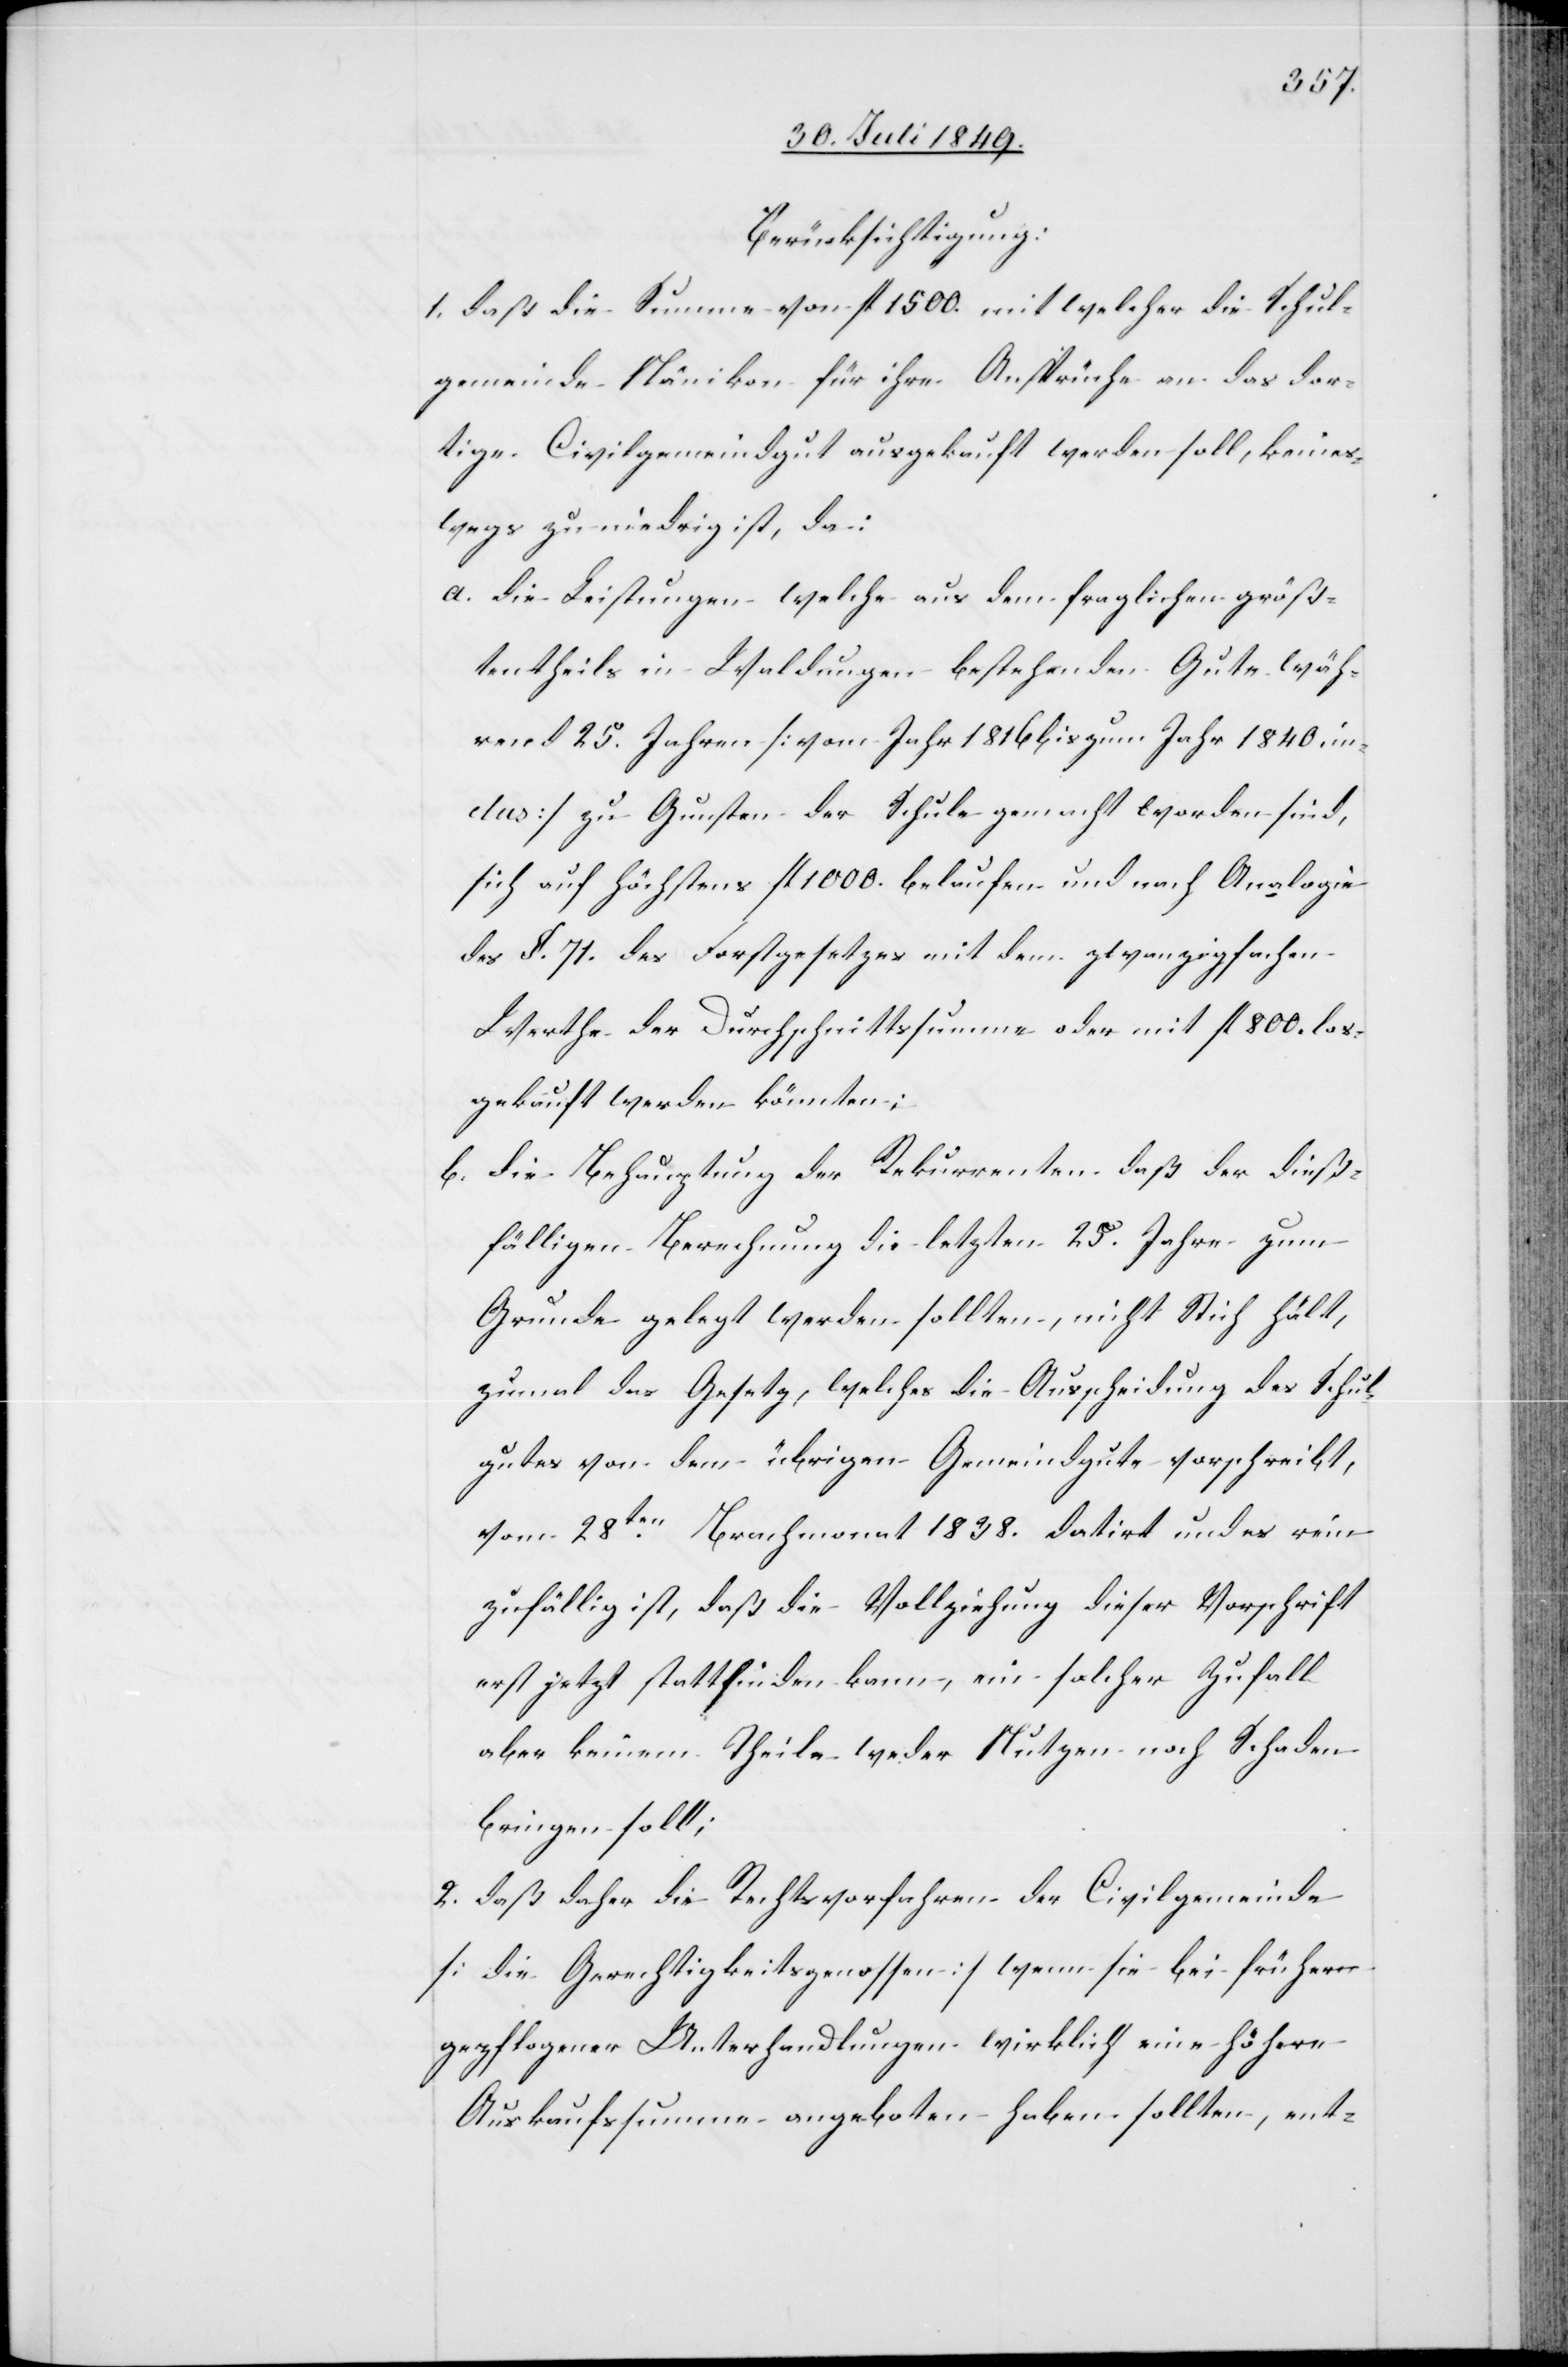
Berücksichtigung:
1. daß die Summe von fl. 1 500. mit welcher die Schul¬
gemeinde Nänikon für ihre Ansprüche an das dor¬
tige Civilgemeindgut ausgekauft werden soll, keines¬
wegs zu niedrig ist, da;
a. die Leistungen welche aus dem fraglichen größ¬
tentheils in Waldungen bestehenden Gute wäh¬
rend 25. Jahren [vom Jahr 1816 bis zum Jahr 1840. in¬
clus] zu Gunsten der Schule gemacht worden sind,
sich auf höchstens fl 1 000. belaufen und nach Analogie
des §. 71. des Forstgesetzes mit dem zwanzigfachen
Werthe der Durchschnittssumme oder mit fl. 800. los¬
gekauft werden könnten;
b. die Behauptung der Rekurrenten daß der dieß¬
fälligen Berechnung die letzten 25. Jahre zum
Grunde gelegt werden sollten, nicht Sticht hält,
zumal das Gesetz, welches die Ausscheidung des Schul¬
gutes von dem übrigen Gemeindgute vorschreibt,
vom 28ten Brachmonat 1838. datirt und es rein
zufällig ist, daß die Vollziehung dieser Vorschrift
erst jetzt stattfinden kann, ein solcher Zufall
aber keinen Theile weder Nutzen noch Schaden
bringen soll;
2. daß daher die Rechtsvorfahren der Civilgemeinde
[die Gerechtigkeitsgenossen] wenn sie bei frühern
gepflogener Unterhandlungen wirklich eine höhere
Auskaufssumme angeboten haben sollten, ent-